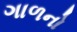
ગાળનો